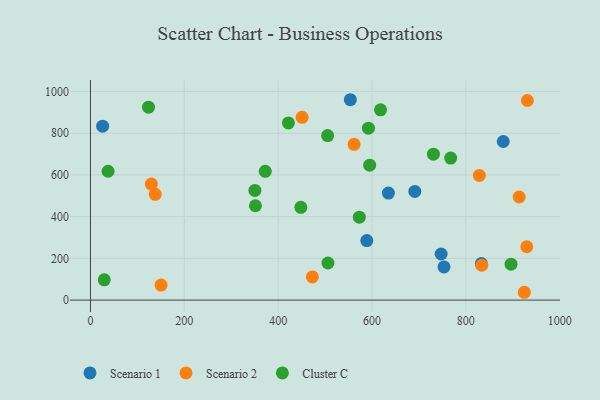
{"axis": {"x": "Speed", "y": "Rating"}, "legend": ["Cluster C", "Scenario 1", "Scenario 2"], "data": [{"x": "588.9", "y": 285.2, "type": "Scenario 1"}, {"x": "634.9", "y": 512.9, "type": "Scenario 1"}, {"x": "25.9", "y": 834.0, "type": "Scenario 1"}, {"x": "691.2", "y": 521.1, "type": "Scenario 1"}, {"x": "833.0", "y": 175.4, "type": "Scenario 1"}, {"x": "753.4", "y": 159.0, "type": "Scenario 1"}, {"x": "747.3", "y": 220.8, "type": "Scenario 1"}, {"x": "879.7", "y": 760.3, "type": "Scenario 1"}, {"x": "553.8", "y": 960.6, "type": "Scenario 1"}, {"x": "138.1", "y": 507.0, "type": "Scenario 2"}, {"x": "472.9", "y": 110.8, "type": "Scenario 2"}, {"x": "561.8", "y": 747.0, "type": "Scenario 2"}, {"x": "129.7", "y": 556.3, "type": "Scenario 2"}, {"x": "451.1", "y": 876.4, "type": "Scenario 2"}, {"x": "913.6", "y": 494.2, "type": "Scenario 2"}, {"x": "931.1", "y": 956.9, "type": "Scenario 2"}, {"x": "924.6", "y": 37.4, "type": "Scenario 2"}, {"x": "828.7", "y": 597.8, "type": "Scenario 2"}, {"x": "150.4", "y": 71.7, "type": "Scenario 2"}, {"x": "833.9", "y": 167.0, "type": "Scenario 2"}, {"x": "929.8", "y": 255.6, "type": "Scenario 2"}, {"x": "767.6", "y": 680.6, "type": "Cluster C"}, {"x": "29.4", "y": 96.9, "type": "Cluster C"}, {"x": "350.4", "y": 525.7, "type": "Cluster C"}, {"x": "37.5", "y": 617.7, "type": "Cluster C"}, {"x": "896.3", "y": 172.2, "type": "Cluster C"}, {"x": "506.1", "y": 177.8, "type": "Cluster C"}, {"x": "351.5", "y": 452.2, "type": "Cluster C"}, {"x": "572.9", "y": 397.3, "type": "Cluster C"}, {"x": "505.4", "y": 788.5, "type": "Cluster C"}, {"x": "372.5", "y": 617.4, "type": "Cluster C"}, {"x": "595.0", "y": 646.9, "type": "Cluster C"}, {"x": "618.1", "y": 912.2, "type": "Cluster C"}, {"x": "592.4", "y": 824.0, "type": "Cluster C"}, {"x": "421.8", "y": 849.6, "type": "Cluster C"}, {"x": "730.9", "y": 699.4, "type": "Cluster C"}, {"x": "123.7", "y": 924.8, "type": "Cluster C"}, {"x": "448.3", "y": 444.9, "type": "Cluster C"}]}